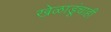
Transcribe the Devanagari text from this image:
खेळाडूंचाही